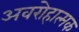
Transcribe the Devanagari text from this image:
अवरोहात्मक